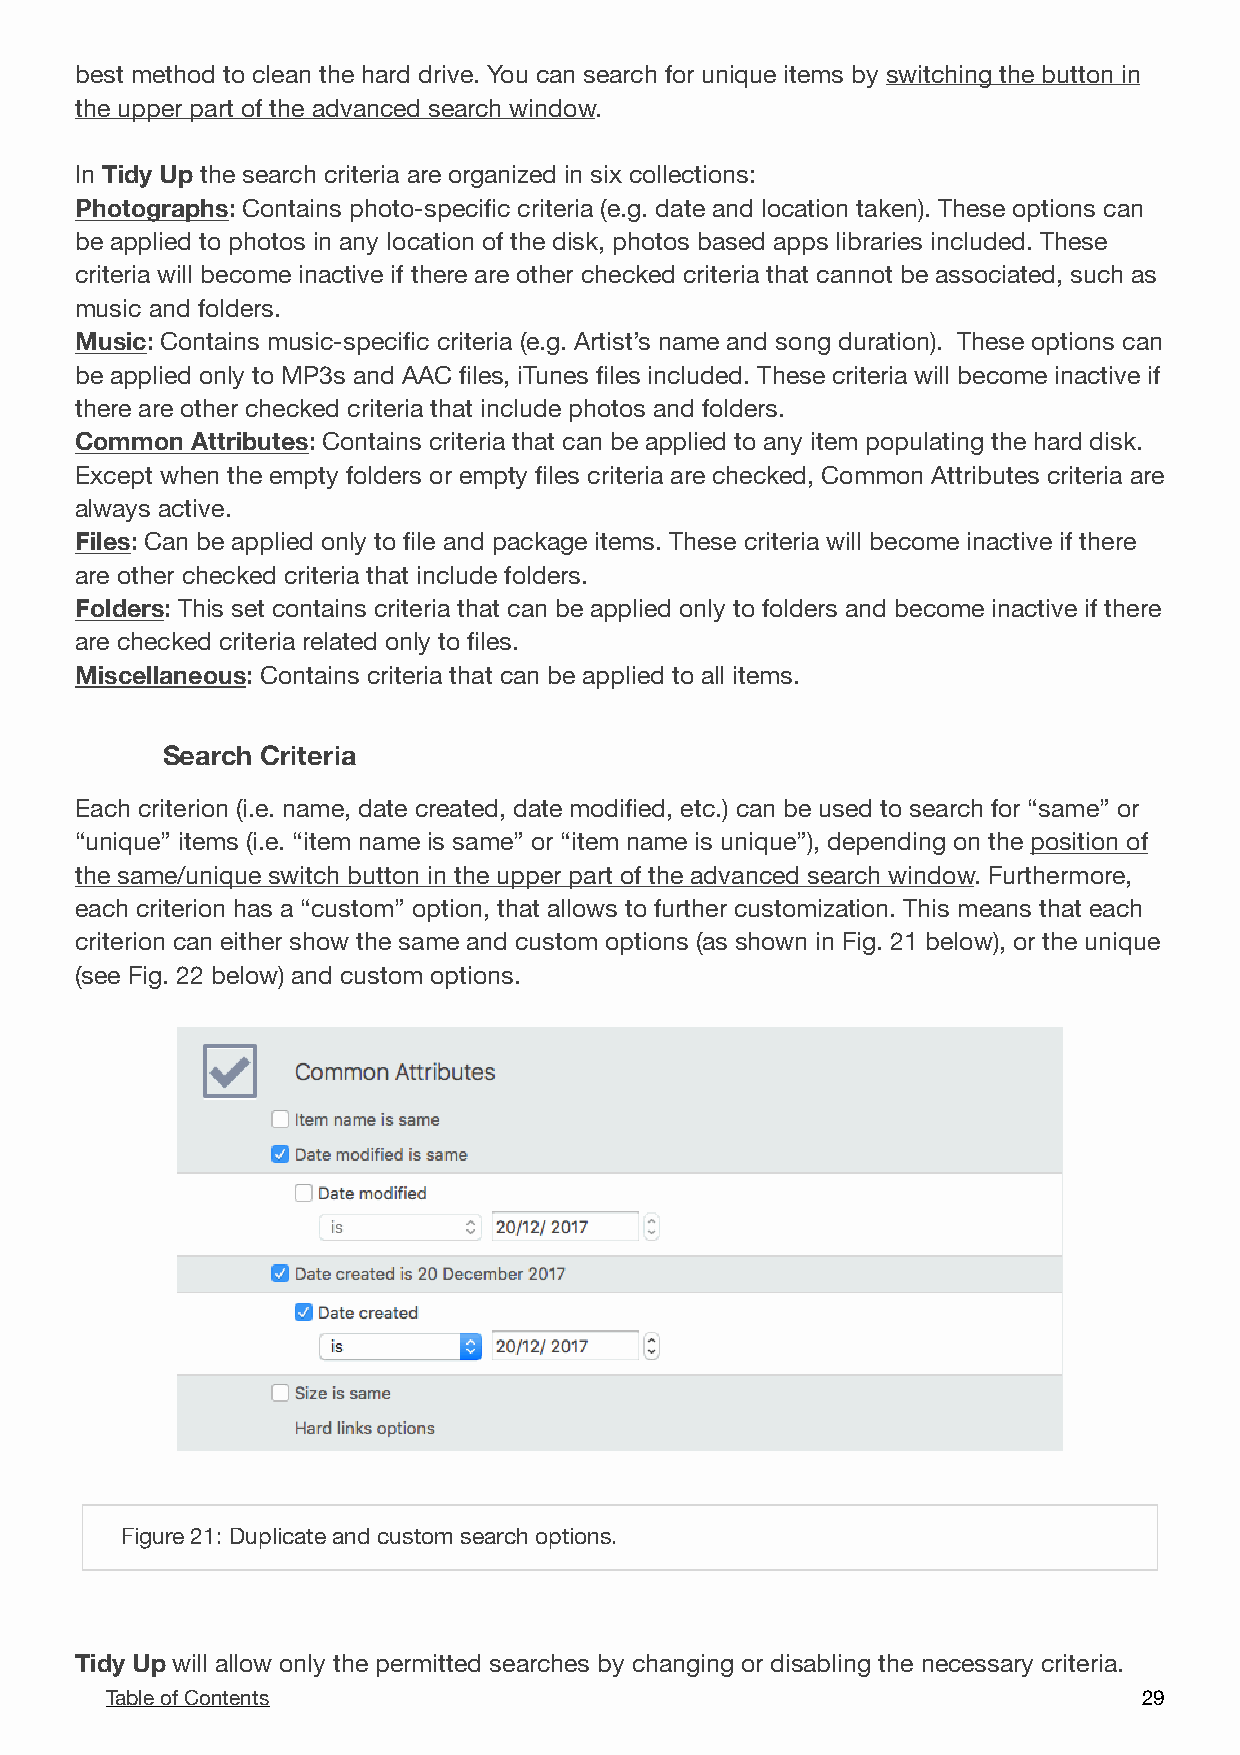
best method to clean the hard drive. You can search for unique items by switching the button in
 the upper part of the advanced search window.
 In Tidy Up the search criteria are organized in six collections:
 Photographs: Contains photo-specific criteria (e.g. date and location taken). These options can
 be applied to photos in any location of the disk, photos based apps libraries included. These
 criteria will become inactive if there are other checked criteria that cannot be associated, such as
 music and folders.
 Music: Contains music-specific criteria (e.g. Artist’s name and song duration). These options can
 be applied only to MP3s and AAC files, iTunes files included. These criteria will become inactive if
 there are other checked criteria that include photos and folders.
 Common  Attributes: Contains criteria that can be applied to any item populating the hard disk.
 Except when the empty folders or empty files criteria are checked, Common Attributes criteria are
 always active.
 Files: Can be applied only to file and package items. These criteria will become inactive if there
 are other checked criteria that include folders.
 Folders: This set contains criteria that can be applied only to folders and become inactive if there
 are checked criteria related only to files.
 Miscellaneous: Contains criteria that can be applied to all items.
 Search Criteria
 Each criterion (i.e. name, date created, date modified, etc.) can be used to search for “same” or
 “unique” items (i.e. “item name is same” or “item name is unique”), depending on the position of
 the same/unique switch button in the upper part of the advanced search window. Furthermore,
 each criterion has a “custom” option, that allows to further customization. This means that each
 criterion can either show the same and custom options (as shown in Fig. 21 below), or the unique
 (see Fig. 22 below) and custom options.
 !
 Figure 21: Duplicate and custom search options.
 Tidy Up will allow only the permitted searches by changing or disabling the necessary criteria.
 Table of Contents                                                    2 9